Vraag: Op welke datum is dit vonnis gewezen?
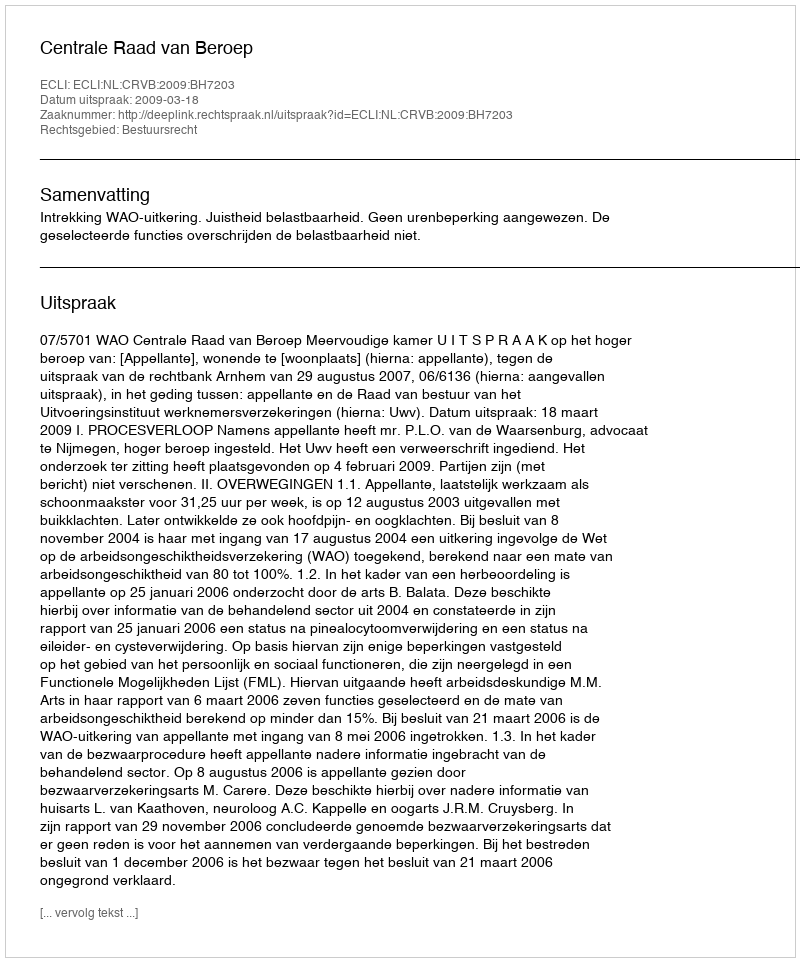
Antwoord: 2009-03-18